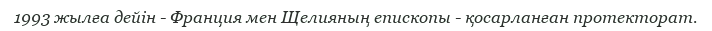
1993 жылға дейін - Франция мен Щелияның епископы - қосарланған протекторат.